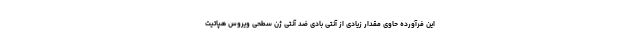
این فرآورده حاوی مقدار زیادی از آنتی بادی ضد آنتی ژن سطحی ویروس هپاتیت